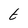
Character: t